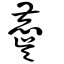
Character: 麌